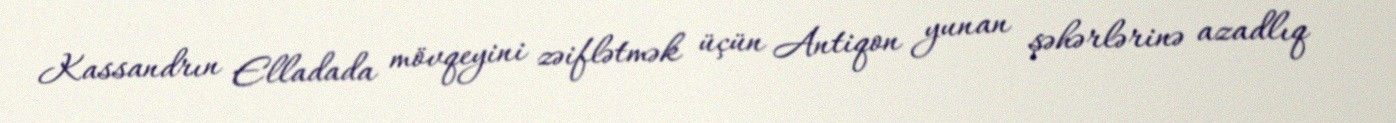
Kassandrın Elladada mövqeyini zəiflətmək üçün Antiqon yunan şəhərlərinə azadlıq